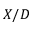
X / D